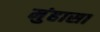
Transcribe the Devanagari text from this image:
मुंहासा